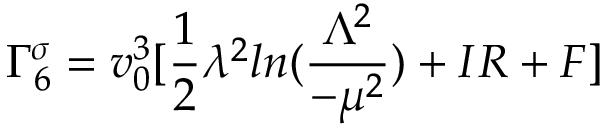
\Gamma _ { 6 } ^ { \sigma } = v _ { 0 } ^ { 3 } [ \frac { 1 } { 2 } \lambda ^ { 2 } l n ( \frac { \Lambda ^ { 2 } } { - \mu ^ { 2 } } ) + I R + F ]